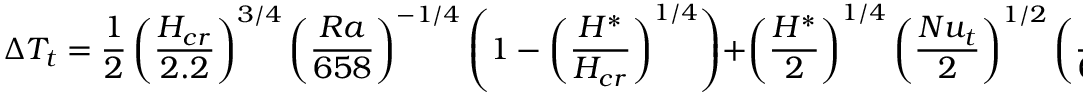
\Delta T _ { t } = \frac { 1 } { 2 } \left( \frac { H _ { c r } } { 2 . 2 } \right) ^ { 3 / 4 } \left( \frac { R a } { 6 5 8 } \right) ^ { - 1 / 4 } \left( 1 - \left( \frac { H ^ { * } } { H _ { c r } } \right) ^ { 1 / 4 } \right) + \left( \frac { H ^ { * } } { 2 } \right) ^ { 1 / 4 } \left( \frac { N u _ { t } } { 2 } \right) ^ { 1 / 2 } \left( \frac { R a } { 6 5 8 } \right) ^ { - 1 / 4 }